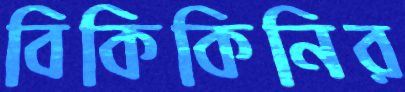
বিকিকিনির